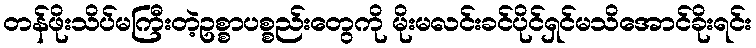
တန်ဖိုးသိပ်မကြီးတဲ့ဥစ္စာပစ္စည်းတွေကို မိုးမလင်းခင်ပိုင်ရှင်မသိအောင်ခိုးရင်း